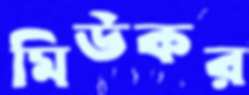
মিউকর